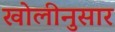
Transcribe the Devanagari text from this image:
खोलीनुसार